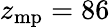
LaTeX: z_{\mathrm{mp}}=86